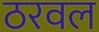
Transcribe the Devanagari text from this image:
ठरवल